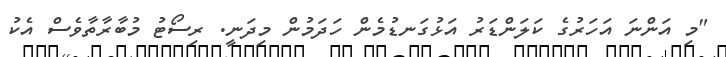
"މި އަންނަ އަހަރުގެ ކަލަންޑަރު އަޅުގަނޑުމެން ހަދަމުން މިދަނީ. ރިސޯޓު މުބާރާތާވެސް އެކު